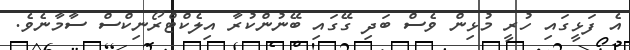
އެ ފަޅީގައި ހުރީ މުޅިން ވެސް ބަދި ގޭގައި ބޭނުންކުރާ އިލެކްޓްރޯނިކްސް ސާމާނެވެ.